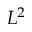
L ^ { 2 }